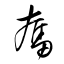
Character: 奮